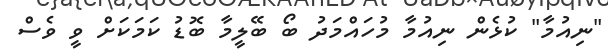
"ނިއުމާ" ކުޅެން ނިއުމާ މުހައްމަދު ބޯ ބޭލީމާ ބޮޑު ކަމަކަށް ވީ ވެސް